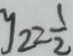
y _ { 2 } = \frac { 1 } { 2 }